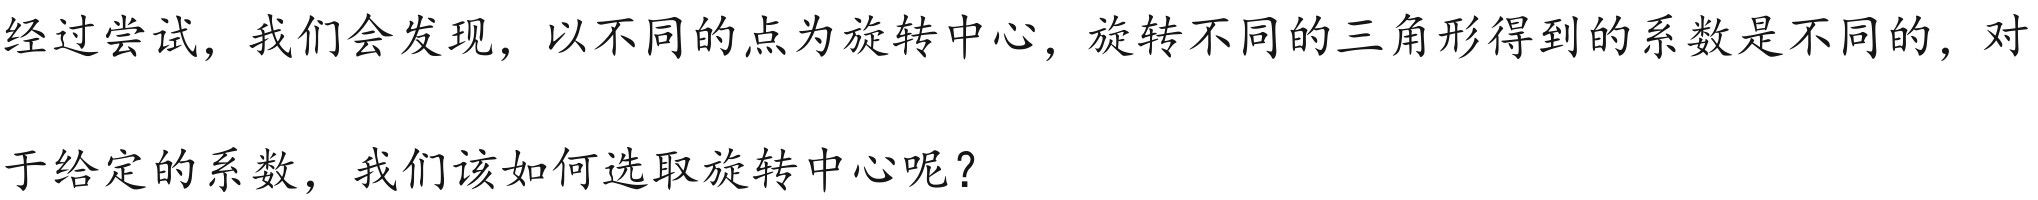
经过尝试，我们会发现，以不同的点为旋转中心，旋转不同的三角形得到的系数是不同的，对
于给定的系数，我们该如何选取旋转中心呢？